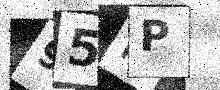
Text: 95RP